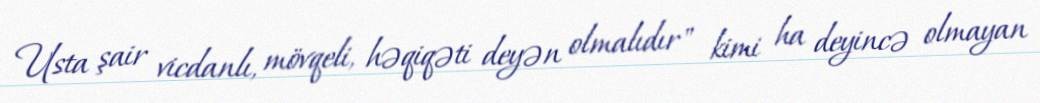
Usta şair vicdanlı, mövqeli, həqiqəti deyən olmalıdır" kimi ha deyincə olmayan